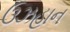
ઉઝહાન